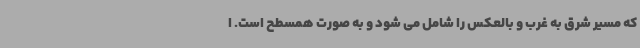
که مسیر شرق به غرب و بالعکس را شامل می شود و به صورت همسطح است. ا